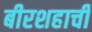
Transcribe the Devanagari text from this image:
बीरशहाची